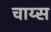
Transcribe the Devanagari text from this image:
चाय्स